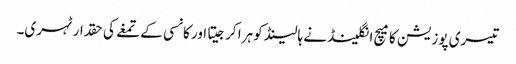
تیسری پوزیشن کا میچ انگلینڈ نے ہالینڈ کو ہرا کرجیتا اور کانسی کے تمغے کی حقدار ٹہری۔